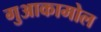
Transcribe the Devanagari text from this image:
गुआकामोल